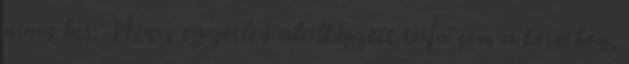
nincs hír. Nincs egyetlen alulképzett tufa sem a keretben,